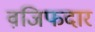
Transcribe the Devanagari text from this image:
वजि़फदार